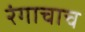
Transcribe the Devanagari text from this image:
रंगाचाच